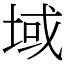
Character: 域